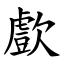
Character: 㱆